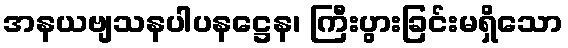
အနယဗျသနပါပနဋ္ဌေန၊ ကြီးပွားခြင်းမရှိသော